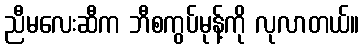
ညီမလေးဆီက ဘီစကွပ်မုန့်ကို လုလာတယ်။